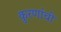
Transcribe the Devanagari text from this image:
कुरणांची